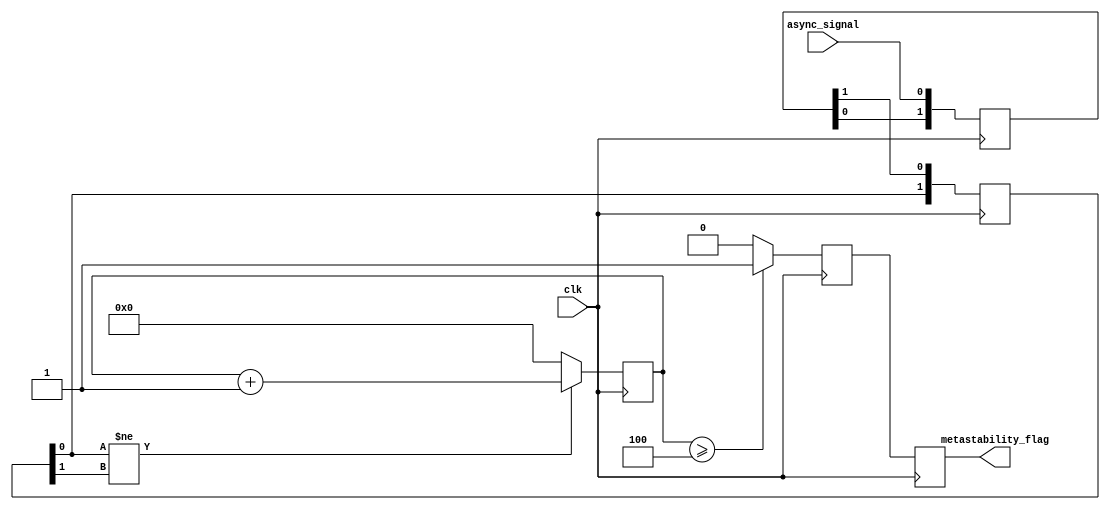
module metastability_detector #(
    parameter NUM_SAMPLES = 4
)(
    input wire clk,                // Sampling clock
    input wire async_signal,       // Asynchronous input signal
    output reg metastability_flag   // Metastability detection flag
);

    reg [1:0] latch1;              // Latch1 output
    reg [1:0] latch2;              // Latch2 output
    reg [NUM_SAMPLES-1:0] sample_counter; // Counter for detecting metastability
    reg metastable_detected;        // Intermediate metastability status

    // Latch1: Sample the asynchronous signal
    always @(posedge clk) begin
        latch1 <= {latch1[0], async_signal}; // Shift in the async signal
    end

    // Latch2: Sample the output of Latch1
    always @(posedge clk) begin
        latch2 <= {latch2[0], latch1[1]}; // Shift in the output of Latch1
    end

    // Metastability detection logic
    always @(posedge clk) begin
        if (latch2[0] != latch2[1]) begin
            // If the output of Latch2 changes, start counting
            sample_counter <= sample_counter + 1;
        end else begin
            // Reset counter if stable
            sample_counter <= 0;
        end

        // Check if the number of samples exceeds the threshold
        if (sample_counter >= NUM_SAMPLES) begin
            metastable_detected <= 1'b1; // Metastability detected
        end else begin
            metastable_detected <= 1'b0; // No metastability detected
        end
    end

    // Output metastability flag
    always @(posedge clk) begin
        metastability_flag <= metastable_detected;
    end

endmodule